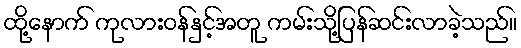
ထို့နောက် ကုလားဝန်နှင့်အတူ ကမ်းသို့ပြန်ဆင်းလာခဲ့သည်။